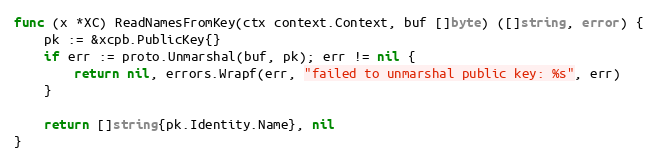
Language: Go
func (x *XC) ReadNamesFromKey(ctx context.Context, buf []byte) ([]string, error) {
	pk := &xcpb.PublicKey{}
	if err := proto.Unmarshal(buf, pk); err != nil {
		return nil, errors.Wrapf(err, "failed to unmarshal public key: %s", err)
	}

	return []string{pk.Identity.Name}, nil
}